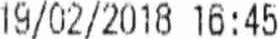
19/02/2018 16:45